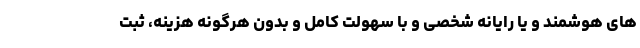
های هوشمند و یا رایانه شخصی و با سهولت کامل و بدون هرگونه هزینه، ثبت